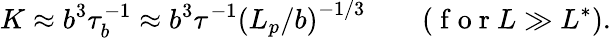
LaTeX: K\approx b^{3}\tau_{b}^{-1}\approx b^{3}\tau^{-1}\left({L_{p}}/b\right)^{-1/3}\qquad(\mathrm{~f~o~r~}L\gg L^{*}).